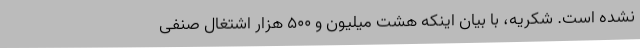
نشده است. شکریه، با بیان اینکه هشت میلیون و 500 هزار اشتغال صنفی